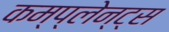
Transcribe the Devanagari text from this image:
कम्प्लेन्ट्स